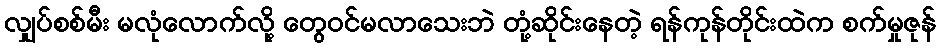
လျှပ်စစ်မီး မလုံလောက်လို့ တွေဝင်မလာသေးဘဲ တုံ့ဆိုင်းနေတဲ့ ရန်ကုန်တိုင်းထဲက စက်မှုဇုန်